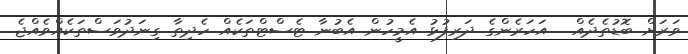
ވަރަށް ބޮޑުތެދެއް . އަހަރެންގެ ދަރިފުޅު އެމީހުން އެބުނާ ޓެސްޓްތަކެއް ހެދިތާ ގިނަދުވަސްތަކެއްވެއްޖެ.